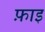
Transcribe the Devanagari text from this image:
फ़ाइ